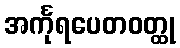
အင်္ကုရပေတဝတ္ထု